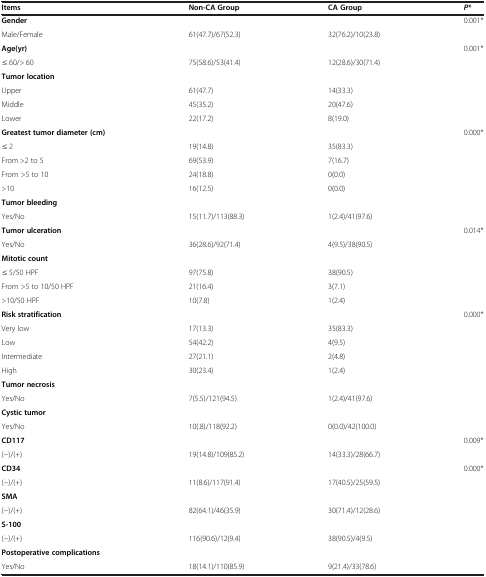
<table><thead><tr><td><b>Items</b></td><td><b>Non-CA Group</b></td><td><b>CA Group</b></td><td><b><i>P</i>*</b></td></tr></thead><tbody><tr><td><b>Gender</b></td><td> </td><td> </td><td>0.001*</td></tr><tr><td>Male/Female</td><td>61(47.7)/67(52.3)</td><td>32(76.2)/10(23.8)</td><td> </td></tr><tr><td><b>Age(yr)</b></td><td> </td><td> </td><td>0.001*</td></tr><tr><td>≤ 60/&gt; 60</td><td>75(58.6)/53(41.4)</td><td>12(28.6)/30(71.4)</td><td> </td></tr><tr><td><b>Tumor location</b></td><td> </td><td> </td><td> </td></tr><tr><td>Upper</td><td>61(47.7)</td><td>14(33.3)</td><td> </td></tr><tr><td>Middle</td><td>45(35.2)</td><td>20(47.6)</td><td> </td></tr><tr><td>Lower</td><td>22(17.2)</td><td>8(19.0)</td><td> </td></tr><tr><td><b>Greatest tumor diameter (cm)</b></td><td> </td><td> </td><td>0.000*</td></tr><tr><td>≤ 2</td><td>19(14.8)</td><td>35(83.3)</td><td> </td></tr><tr><td>From &gt;2 to 5</td><td>69(53.9)</td><td>7(16.7)</td><td> </td></tr><tr><td>From &gt;5 to 10</td><td>24(18.8)</td><td>0(0.0)</td><td> </td></tr><tr><td>&gt;10</td><td>16(12.5)</td><td>0(0.0)</td><td> </td></tr><tr><td><b>Tumor bleeding</b></td><td> </td><td> </td><td> </td></tr><tr><td>Yes/No</td><td>15(11.7)/113(88.3)</td><td>1(2.4)/41(97.6)</td><td> </td></tr><tr><td><b>Tumor ulceration</b></td><td> </td><td> </td><td>0.014*</td></tr><tr><td>Yes/No</td><td>36(28.6)/92(71.4)</td><td>4(9.5)/38(90.5)</td><td> </td></tr><tr><td><b>Mitotic count</b></td><td> </td><td> </td><td> </td></tr><tr><td>≤ 5/50 HPF</td><td>97(75.8)</td><td>38(90.5)</td><td> </td></tr><tr><td>From &gt;5 to 10/50 HPF</td><td>21(16.4)</td><td>3(7.1)</td><td> </td></tr><tr><td>&gt;10/50 HPF</td><td>10(7.8)</td><td>1(2.4)</td><td> </td></tr><tr><td><b>Risk stratification</b></td><td> </td><td> </td><td>0.000*</td></tr><tr><td>Very low</td><td>17(13.3)</td><td>35(83.3)</td><td> </td></tr><tr><td>Low</td><td>54(42.2)</td><td>4(9.5)</td><td> </td></tr><tr><td>Intermediate</td><td>27(21.1)</td><td>2(4.8)</td><td> </td></tr><tr><td>High</td><td>30(23.4)</td><td>1(2.4)</td><td> </td></tr><tr><td><b>Tumor necrosis</b></td><td> </td><td> </td><td> </td></tr><tr><td>Yes/No</td><td>7(5.5)/121(94.5)</td><td>1(2.4)/41(97.6)</td><td> </td></tr><tr><td><b>Cystic tumor</b></td><td> </td><td> </td><td> </td></tr><tr><td>Yes/No</td><td>10(.8)/118(92.2)</td><td>0(0.0)/42(100.0)</td><td> </td></tr><tr><td><b>CD117</b></td><td> </td><td> </td><td>0.009*</td></tr><tr><td>(−)/(+)</td><td>19(14.8)/109(85.2)</td><td>14(33.3)/28(66.7)</td><td> </td></tr><tr><td><b>CD34</b></td><td> </td><td> </td><td>0.000*</td></tr><tr><td>(−)/(+)</td><td>11(8.6)/117(91.4)</td><td>17(40.5)/25(59.5)</td><td> </td></tr><tr><td><b>SMA</b></td><td> </td><td> </td><td> </td></tr><tr><td>(−)/(+)</td><td>82(64.1)/46(35.9)</td><td>30(71.4)/12(28.6)</td><td> </td></tr><tr><td><b>S-100</b></td><td> </td><td> </td><td> </td></tr><tr><td>(−)/(+)</td><td>116(90.6)/12(9.4)</td><td>38(90.5)/4(9.5)</td><td> </td></tr><tr><td><b>Postoperative complications</b></td><td> </td><td> </td><td> </td></tr><tr><td>Yes/No</td><td>18(14.1)/110(85.9)</td><td>9(21.4)/33(78.6)</td><td> </td></tr></tbody></table>